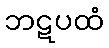
ဘဋပထံ